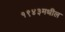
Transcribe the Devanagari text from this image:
१९४३मधील